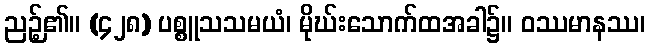
ညဉ့်၏။ (၄၂၈) ပစ္စူသသမယံ၊ မိုဃ်းသောက်ထအခါ၌။ ဝဿမာနဿ၊